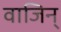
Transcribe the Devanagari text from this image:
वाजिन्